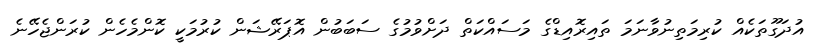
އުދަގޫތަކެއް ކުރިމަތިނުވާނަމަ ތައިރޮއިޑްގެ މަސައްކަތް ދަށްވުމުގެ ސަބަބުން އޮޕަރޭޝަން ކުރުމަކީ ކޮންމެހެން ކުރަންޖެހޭނެ